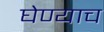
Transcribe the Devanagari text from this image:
घेण्याच